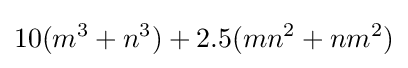
10(m^{3}+n^{3})+2.5(mn^{2}+nm^{2})